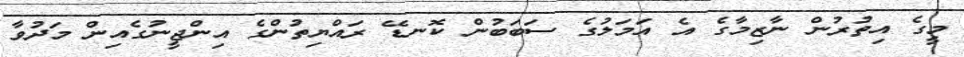
މީގެ އިތުރުން ނާޒިމާގެ އެ އަމަލުގެ ސަބަބުން ކޮނޑޭ ރައްޔިތުންގެ އިންޖީނުގެއިން މަދުވާ